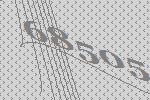
68505